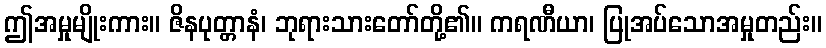
ဤအမှုမျိုးကား။ ဇိနပုတ္တာနံ၊ ဘုရားသားတော်တို့၏။ ကရဏီယာ၊ ပြုအပ်သောအမှုတည်း။